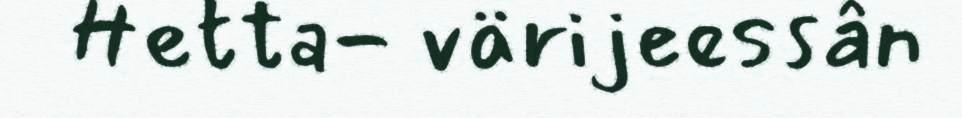
Hetta- värijeessân